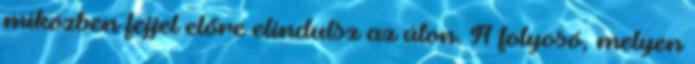
miközben fejjel előre elindulsz az úton. A folyosó, melyen